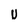
Character: U